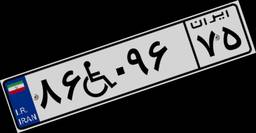
۸۶W۰۹۶۷۵